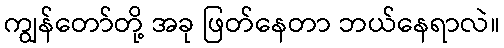
ကျွန်တော်တို့ အခု ဖြတ်နေတာ ဘယ်နေရာလဲ။